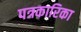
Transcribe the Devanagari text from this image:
पत्रकारिका